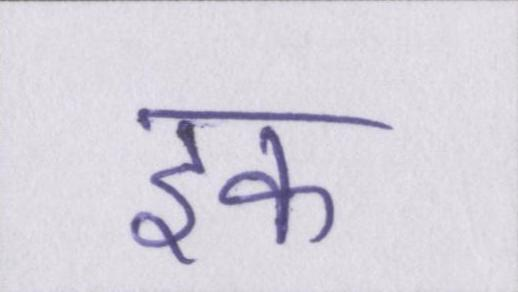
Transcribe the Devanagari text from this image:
इक